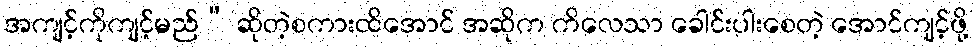
အကျင့်ကိုကျင့်မည်” ဆိုတဲ့စကားထိအောင် အဆိုက ကိလေသာ ခေါင်းပါးစေတဲ့ အောင်ကျင့်ဖို့